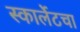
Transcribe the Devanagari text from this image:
स्कार्लेटचा